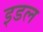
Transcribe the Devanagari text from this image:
इडल